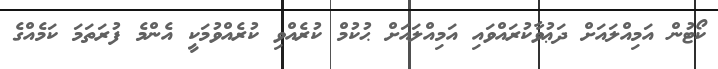
ކޯޓުން އަމިއްލައަށް ދަޢުވާކުރައްވައި އަމިއްލައަށް ޙުކުމް ކުރެއްވި ކުރެއްވުމަކީ އެންމެ ފުރަތަމަ ކަމެއްގެ